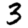
Digit: 3